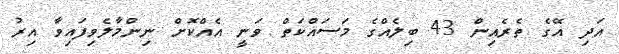
އަދި އޭގެ ތެރެއިން 43 ބިލެއްގެ މަސައްކަތް ވަނީ އެއްކޮށް ނިންމާލެވިފައިވާ އިރު